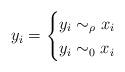
LaTeX: \begin{align*}y_i = \begin{cases} y_i \sim_\rho x_i & \\ y_i \sim_0 x_i & \end{cases}\end{align*}